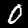
Digit: 0